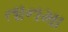
તાનમા